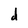
Character: d